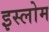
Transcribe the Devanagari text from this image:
इस्लोम